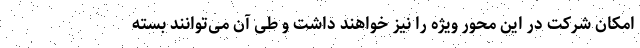
امکان شرکت در این محور ویژه را نیز خواهند داشت و طی آن می‌توانند بسته